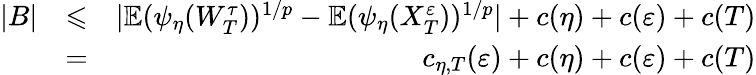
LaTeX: \begin{array}{rlr}{|B|}&{\leqslant}&{|\mathbb{E}(\psi_{\eta}(W_{T}^{\tau}))^{1/p}-\mathbb{E}(\psi_{\eta}(X_{T}^{\varepsilon}))^{1/p}|+c(\eta)+c(\varepsilon)+c(T)}\\ &{=}&{c_{\eta,T}(\varepsilon)+c(\eta)+c(\varepsilon)+c(T)}\end{array}